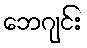
ဘေဂျင်း